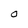
Character: O